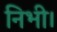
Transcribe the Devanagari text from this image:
निभी।